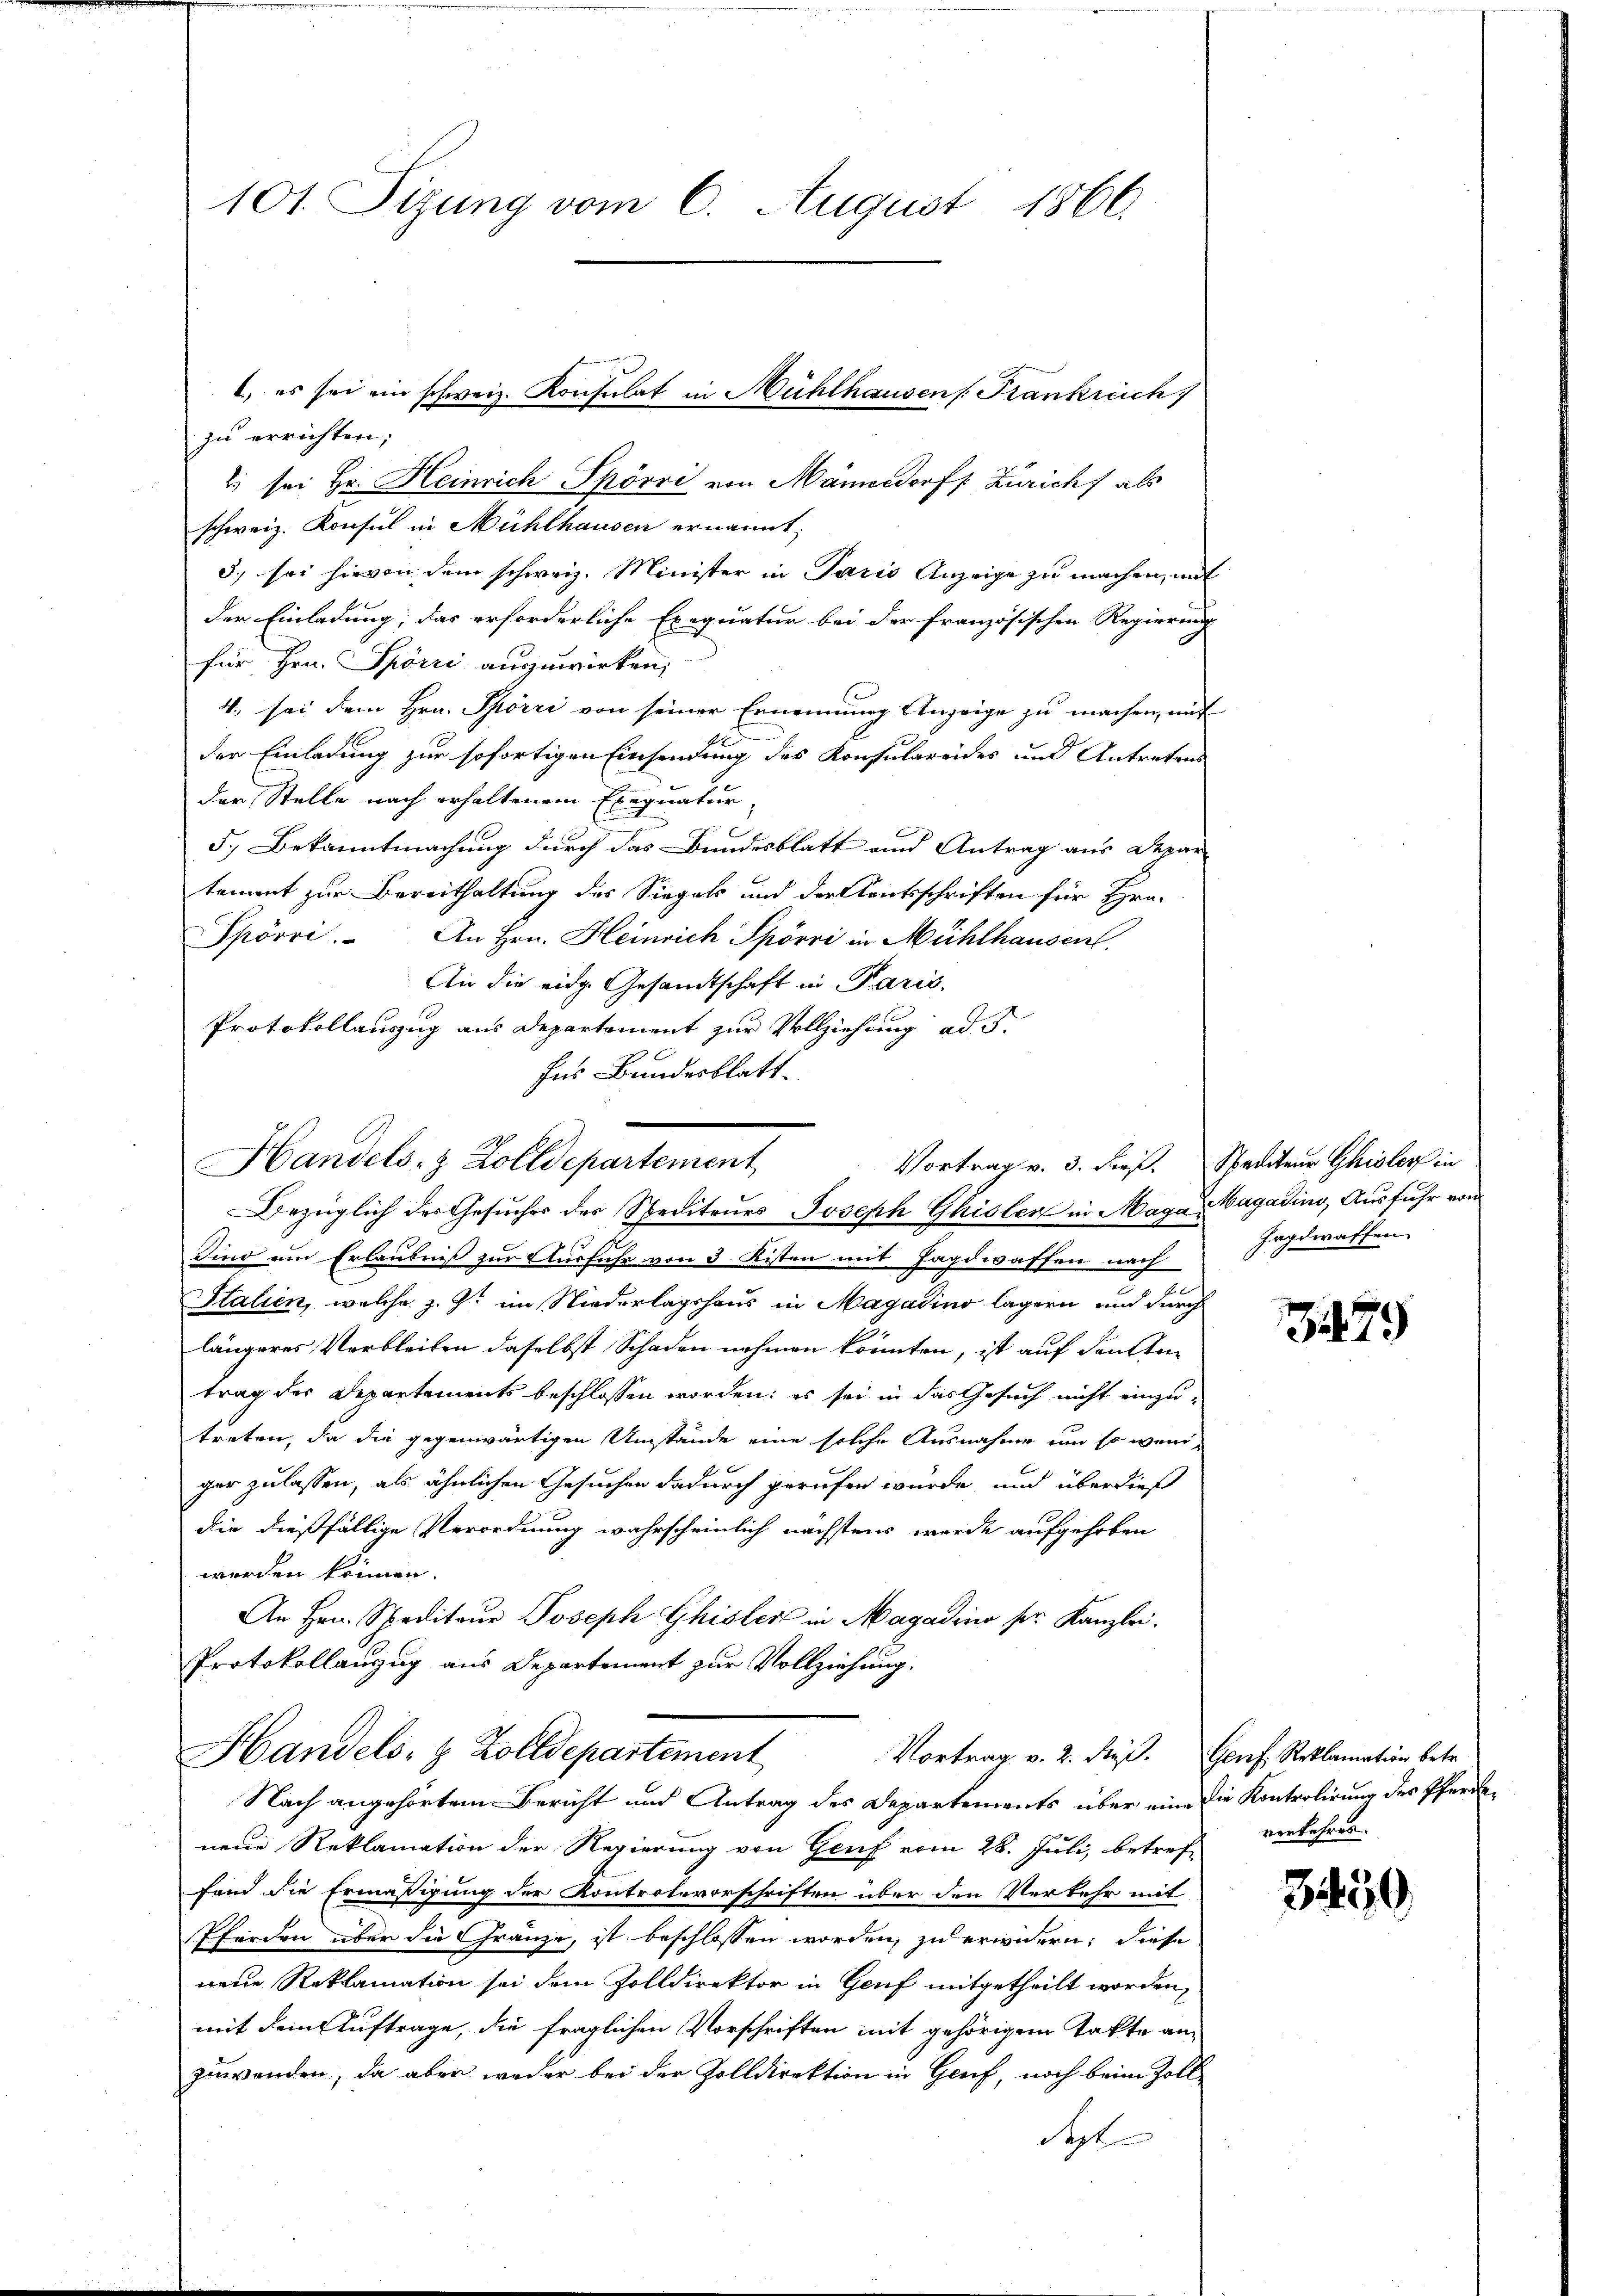
101. Sizung vom 6. August 1866.

zu errichten;
2 sei Hr. Heinrich Spörri von Männedorff Zürich als
schweiz. Konsul in Mühlhausen ernannt;
3.) sei hievon dem schweiz. Minister in Paris Anzeige zu machen, mit
der Einladung; das erforderliche Exequatur bei der französischen Regierung
für Hrn. Spörri anzuwirken;
4. sei dem Hrn. Spörri von seiner Ernennung Anzeige zu machen, auf
der Einladung zur sofortigen Einsendung des Konsulareides und Antretens
der Stelle nach erhaltenem Exequatur-
C
5.) Bekanntmachung durch das Bundesblatt und Antrag aus Depar
tement zur Bereithaltung des Siegels und der Kautsschriften für Hrn.
Spörri. An Hrn. Heinrich Spörri in Mühlhausent.
An die eidg. Gesandtschaft in Paris.
Protokollauszug aus Departement zur Vollziehung ad
Ins Bundesblatt

Handels- & Zolldepartement
Vortrag v. 3. dieß. Spediteur Gisler in

, es sei ein schweiz. Konsulat in Mühlhausen /: Frankreich

Bezüglich des Gesuches des Spediteurs Joseph Ghisler in Maga Magadino, Ausfuhr von
Sind ein Erlaubniß zur Ausfuhr von 3. Kisten mit Jagdwaffen nach
Stalien, welche z. Z. im Niederlagshaus in Magadino lagern und durch
längeres Verbleiben daselbst Schaden nehmen könnten, ist auf den Antrag der Departements beschlossen worden; es sei in das Gesuch nicht einzu-
treten, da die gegenwärtigen Umstände eine solche Ausnahme um so weniger zu lassen, als ähnlichen Gesuchen dadurch gerufen würde, und überdieß
die dießfällige Verordnung wahrscheinlich nächstens werde aufgehoben
werden können.
An Hrn. Speditaŭr Joseph Ghisler in Magadino pr. Kanzlei.
Protokollauszug aus Departement zur Vollziehung.
Handels- & Zolldepartement
Vortrag v. 2. dieß. Genf. Reklamation betr.
Nach angehörtem Bericht und Antrag des Departements über eine die Kontrolirung des Pferde
neue Reklamation der Regierung von Genf vom 28. Juli, betreffand die Ermäßigung der Kontrolevorschriften über den Verkehr mit
Pferden über die Gränze, ist beschlossen worden, zu erwidern; diese
neue Reklamation sei dem Zolldirektor in Genf mitgetheilt worden,
mit dem Auftrage, die fraglichen Vorschriften mit gehörigem Takte anzuwenden, da aber weder bei der Zolldirektion in Genf, noch beim Zoll¬
Sept

Jagdwaffen

279

verkehres.

3450